Annual administration report of the Civil Veterinary Department of India - 1897-1898
Year: 1897
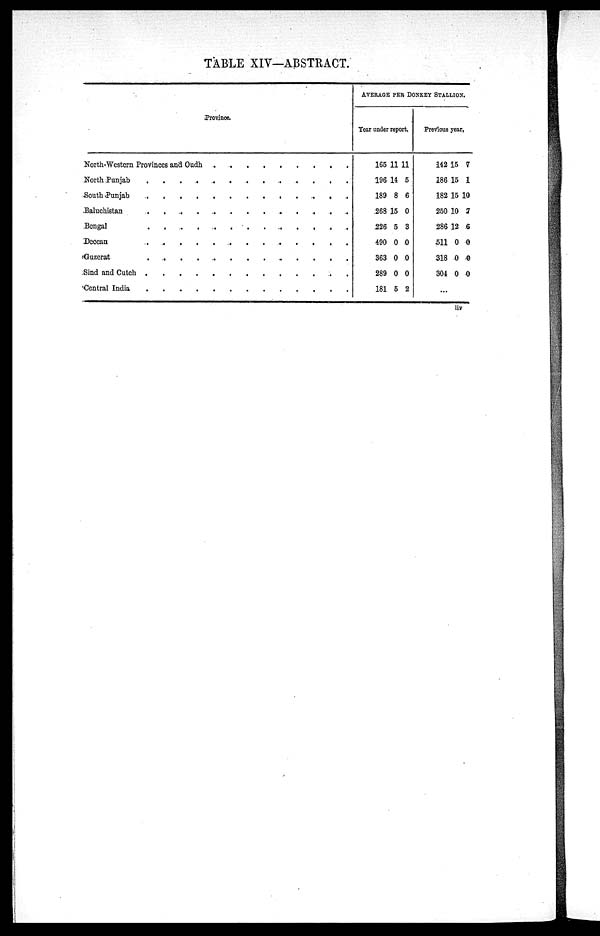
TABLE XIV—ABSTRACT.
Province.
North—Western Provinces and Oudh........
North Punjab........
South Punjab........
Baluchistan.........
Bengal..........
Deccan.......
Guzerat.........
Sind and Cutch..........
Central India.......
AVERAGE PER DONKEY STALLION.
Year under report,
165
196
189
268
226
490
363
289
181
11
14
8
15
5
0
0
0
5
11
5
6
0
3
0
0
0
2
Previous year,
142
186
182
250
286
511
318
304
...
15
15
15
10
12
0
0
0
7
1
10
7
6
0
0
0
liv